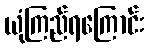
ယုံကြည်ရကြောင်း